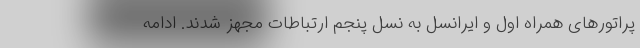
پراتورهای همراه اول و ایرانسل به نسل پنجم ارتباطات مجهز شدند. ادامه